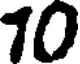
10